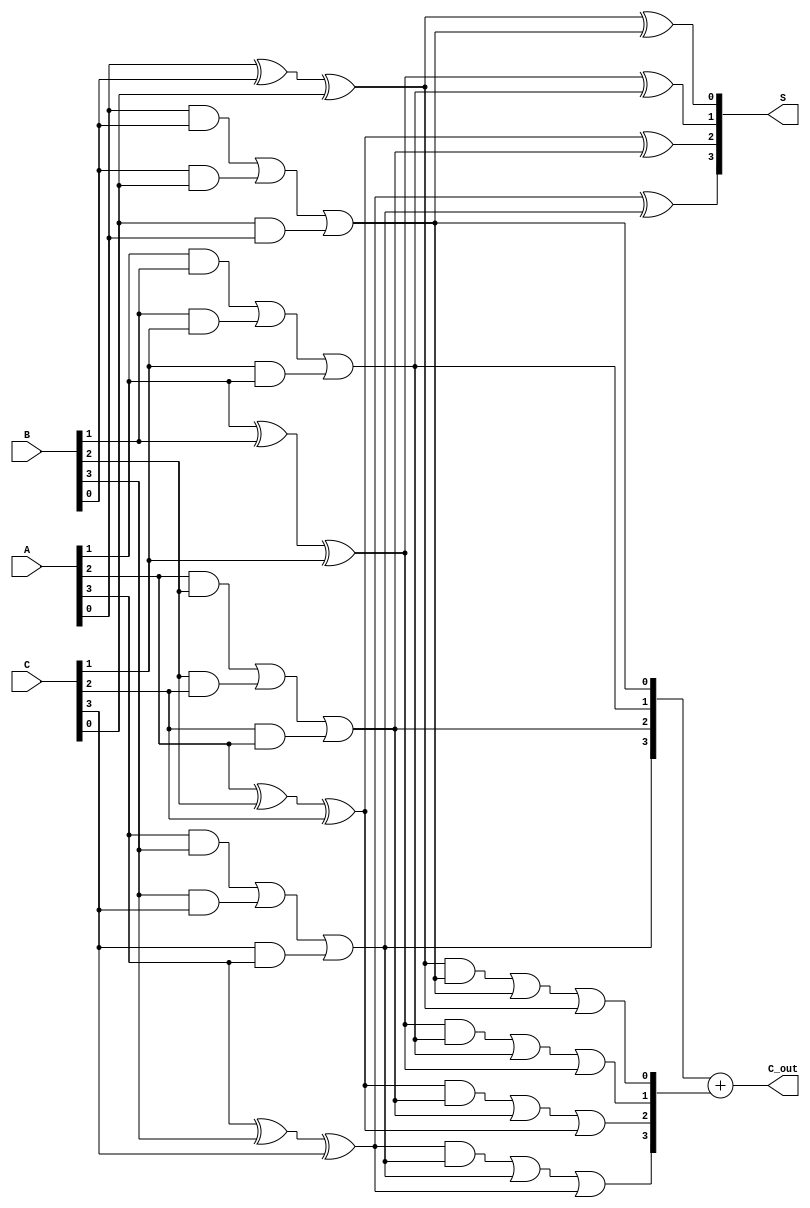
module RCSA #(parameter N = 4) (
    input  [N-1:0] A,  // First n-bit input
    input  [N-1:0] B,  // Second n-bit input
    input  [N-1:0] C,  // Third n-bit input
    output [N-1:0] S,  // Partial sum output
    output [N:0]   C_out // Carry output (N+1 bits to accommodate carry)
);

    wire [N-1:0] sum1, sum2; // Intermediate sums
    wire [N-1:0] carry1, carry2; // Intermediate carries

    // First stage of carry-save addition
    genvar i;
    generate
        for (i = 0; i < N; i = i + 1) begin : CSA_stage1
            assign sum1[i] = A[i] ^ B[i] ^ C[i]; // Sum calculation
            assign carry1[i] = (A[i] & B[i]) | (B[i] & C[i]) | (C[i] & A[i]); // Carry calculation
        end
    endgenerate

    // Second stage of carry-save addition
    generate
        for (i = 0; i < N; i = i + 1) begin : CSA_stage2
            assign sum2[i] = sum1[i] ^ carry1[i]; // Sum calculation with carry from stage 1
            assign carry2[i] = (sum1[i] & carry1[i]) | (carry1[i] & carry1[i]) | (sum1[i] & sum1[i]); // Carry calculation
        end
    endgenerate

    // Final carry resolution
    assign S = sum2; // Final partial sum output
    assign C_out = carry1 + carry2; // Final carry output

endmodule